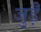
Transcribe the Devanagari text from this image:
जुड़ेँ